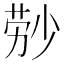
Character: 𬝃